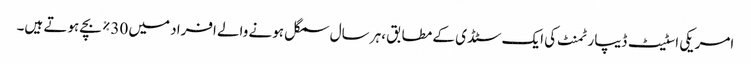
امریکی اسٹیٹ ڈیپارٹمنٹ کی ایک سٹڈی کے مطابق ،ہر سال سمگل ہونے والے افراد میں 30% بچے ہوتے ہیں۔